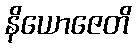
နိယောဇေတိ